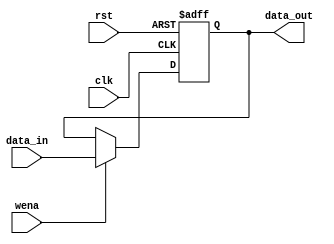
`timescale 1ns / 1ps
//////////////////////////////////////////////////////////////////////////////////
// Company: 
// Engineer: 
// 
// Design Name: 
// Module Name: HLreg
// Project Name: 
// Target Devices: 
// Tool Versions: 
// Description: 
// 
// Dependencies: 
// 
// Revision:
// Revision 0.01 - File Created
// Additional Comments:
// 
//////////////////////////////////////////////////////////////////////////////////


module HLreg(
input clk,
input rst,
input wena,
input [31:0]data_in,
output[31:0]data_out
);
reg     [31:0]data;
always @(posedge clk or posedge rst)
    if (rst)
        data <= 32'h00000000;
    else if ( wena)
        data <= data_in;
assign data_out = data;
endmodule